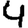
Digit: 4